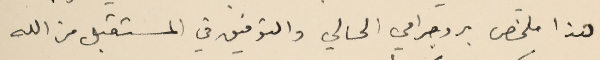
هذا ملخص بروجرامي الحالي والتوفيق في المستقبل من الله